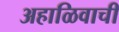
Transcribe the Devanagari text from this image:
अहाळिवाची